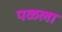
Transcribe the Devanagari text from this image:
पळला